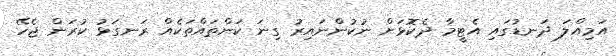
އަމިއްލަ ދަނޑުގައި އެޓީމާ ދެކޮޅަށް ނުކުންނައިރު ގިނަ ކަންތައްތަކެއް ރަނގަޅު ކުރަން ޖެހޭ